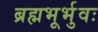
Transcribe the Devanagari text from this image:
ब्रह्मभूर्भुवः